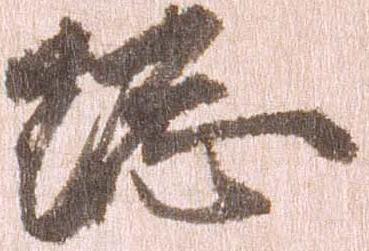
総